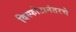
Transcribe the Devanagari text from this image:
विस्फोटानंतरचे